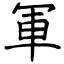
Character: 軍